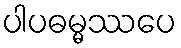
ပါပဓမ္မဿပေ